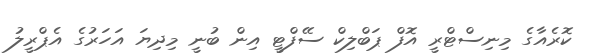
ކޮރެއާގެ މިނިސްޓްރީ އޮފް ޕަބްލިކް ސޭފްޓީ އިން ބުނީ މިދިޔަ އަހަރުގެ އެޕްރީލު